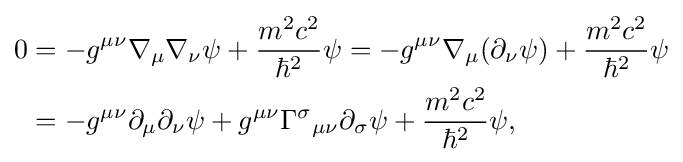
{\begin{aligned}0&=-g^{\mu \nu }\nabla _{\mu }\nabla _{\nu }\psi +{\dfrac {m^{2}c^{2}}{\hbar ^{2}}}\psi =-g^{\mu \nu }\nabla _{\mu }(\partial _{\nu }\psi )+{\dfrac {m^{2}c^{2}}{\hbar ^{2}}}\psi \\&=-g^{\mu \nu }\partial _{\mu }\partial _{\nu }\psi +g^{\mu \nu }\Gamma ^{\sigma }{}_{\mu \nu }\partial _{\sigma }\psi +{\dfrac {m^{2}c^{2}}{\hbar ^{2}}}\psi ,\end{aligned}}